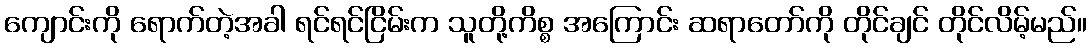
ကျောင်းကို ရောက်တဲ့အခါ ရင်ရင်ငြိမ်းက သူတို့ကိစ္စ အကြောင်း ဆရာတော်ကို တိုင်ချင် တိုင်လိမ့်မည်။